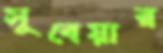
সুবেয়ার